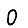
Digit: 0